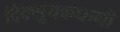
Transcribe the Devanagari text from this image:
दिक्सूचकधानी